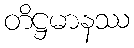
တိဋ္ဌမာနဿ